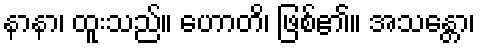
နာနာ၊ ထူးသည်။ ဟောတိ၊ ဖြစ်၏။ အသန္တော၊